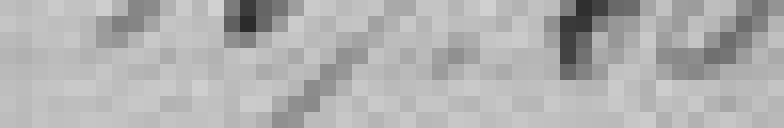
137,06